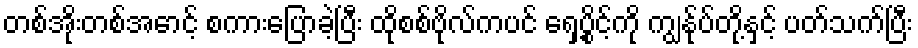
တစ်အိုးတစ်အောင့် စကားပြောခဲ့ပြီး ထိုစစ်ဗိုလ်ကပင် ရှေ့ပွိုင့်ကို ကျွန်ုပ်တို့နှင့် ပတ်သက်ပြီး